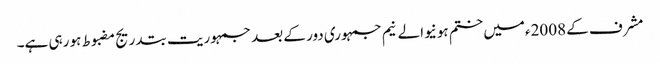
مشرف کے 2008ءمیں ختم ہونیوالے نیم جمہوری دور کے بعد جمہوریت بتدریج مضبوط ہو رہی ہے۔